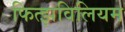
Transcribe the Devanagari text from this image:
फित्झविलियम